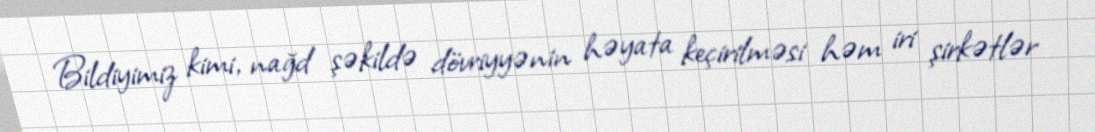
Bildiyimiz kimi, nağd şəkildə dövriyyənin həyata keçirilməsi həm iri şirkətlər